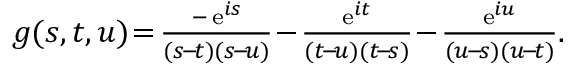
\begin{array} { l l } { g ( s , t , u ) \! = \! \frac { - \, \mathrm { e } ^ { i s } } { ( s \! - \! t ) ( s \! - \! u ) } \! - \! \frac { \mathrm { e } ^ { i t } } { ( t \! - \! u ) ( t \! - \! s ) } \! - \! \frac { \mathrm { e } ^ { i u } } { ( u \! - \! s ) ( u \! - \! t ) } . } \end{array}